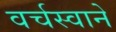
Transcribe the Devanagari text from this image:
वर्चस्वाने